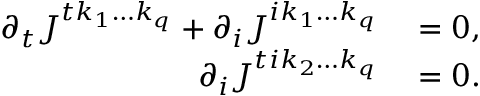
\begin{array} { r l } { \partial _ { t } J ^ { t k _ { 1 } \ldots k _ { q } } + \partial _ { i } J ^ { i k _ { 1 } \ldots k _ { q } } } & { { } = 0 , } \\ { \partial _ { i } J ^ { t i k _ { 2 } \ldots k _ { q } } } & { { } = 0 . } \end{array}